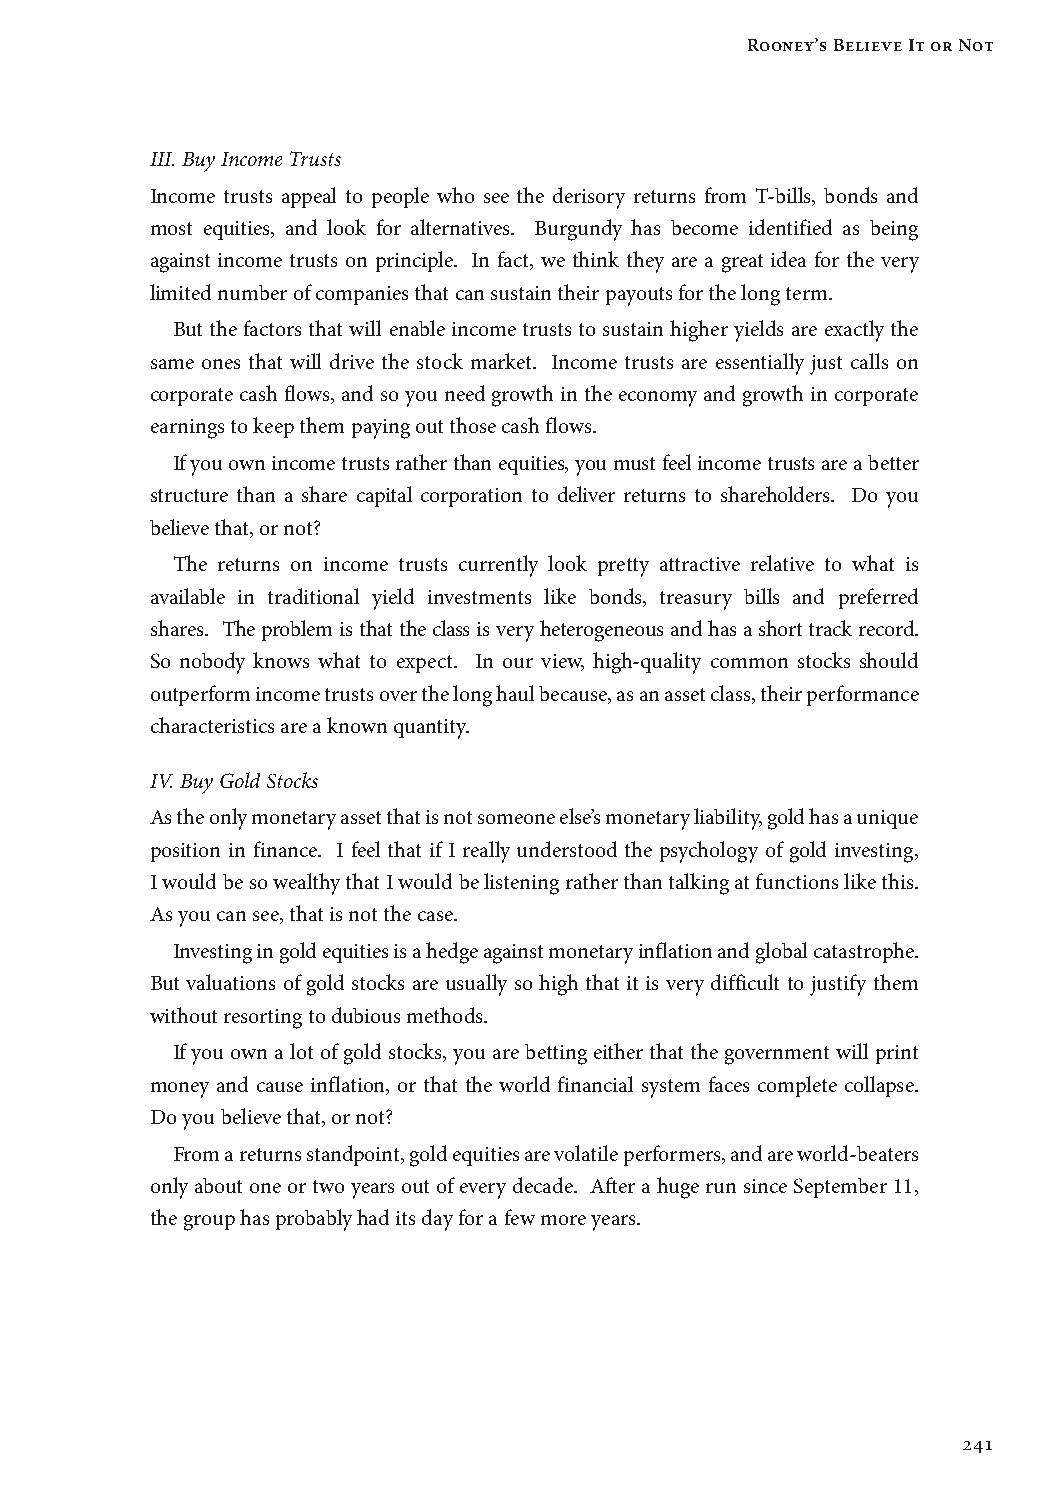
Rooney’s Believe It or Not
 III. Buy Income Trusts
 Income trusts appeal to people who see the derisory returns from T-bills, bonds and
 most equities, and look for alternatives. Burgundy has become identified as being
 against income trusts on principle. In fact, we think they are a great idea for the very
 limited number of companies that can sustain their payouts for the long term.
 But the factors that will enable income trusts to sustain higher yields are exactly the
 same ones that will drive the stock market. Income trusts are essentially just calls on
 corporate cash flows, and so you need growth in the economy and growth in corporate
 earnings to keep them paying out those cash flows.
 If you own income trusts rather than equities, you must feel income trusts are a better
 structure than a share capital corporation to deliver returns to shareholders. Do you
 believe that, or not?
 The returns on income trusts currently look pretty attractive relative to what is
 available in traditional yield investments like bonds, treasury bills and preferred
 shares. The problem is that the class is very heterogeneous and has a short track record.
 So nobody knows what to expect. In our view, high-quality common stocks should
 outperform income trusts over the long haul because, as an asset class, their performance
 characteristics are a known quantity.
 IV. Buy Gold Stocks
 As the only monetary asset that is not someone else’s monetary liability, gold has a unique
 position in finance. I feel that if I really understood the psychology of gold investing,
 I would be so wealthy that I would be listening rather than talking at functions like this.
 As you can see, that is not the case.
 Investing in gold equities is a hedge against monetary inflation and global catastrophe.
 But valuations of gold stocks are usually so high that it is very difficult to justify them
 without resorting to dubious methods.
 If you own a lot of gold stocks, you are betting either that the government will print
 money and cause inflation, or that the world financial system faces complete collapse.
 Do you believe that, or not?
 From a returns standpoint, gold equities are volatile performers, and are world-beaters
 only about one or two years out of every decade. After a huge run since September 11,
 the group has probably had its day for a few more years.
 241